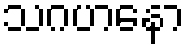
သဂဟနော